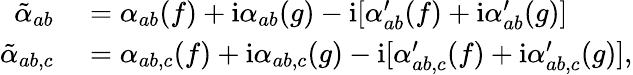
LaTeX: \begin{array}{rl}{\tilde{\alpha}_{ab}}&{{}=\alpha_{ab}(f)+\mathrm{i}\alpha_{ab}(g)-\mathrm{i}[\alpha_{ab}^{\prime}(f)+\mathrm{i}\alpha_{ab}^{\prime}(g)]}\\ {\tilde{\alpha}_{ab,c}}&{{}=\alpha_{ab,c}(f)+\mathrm{i}\alpha_{ab,c}(g)-\mathrm{i}[\alpha_{ab,c}^{\prime}(f)+\mathrm{i}\alpha_{ab,c}^{\prime}(g)],}\end{array}